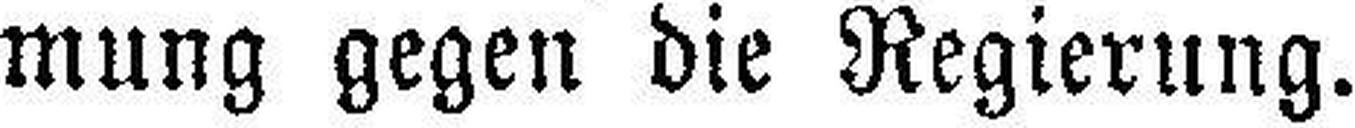
mung gegen die Regierung.